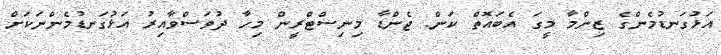
އަޅުގަނޑުމެންގެ ޒިންމާ މީގަ އެބައޮތް ކަން. ޖެންޑާ މިނިސްޓްރީން މިހާ ދުވަސްވާއިރު އަޅުގަނޑުމެންނަކަށް